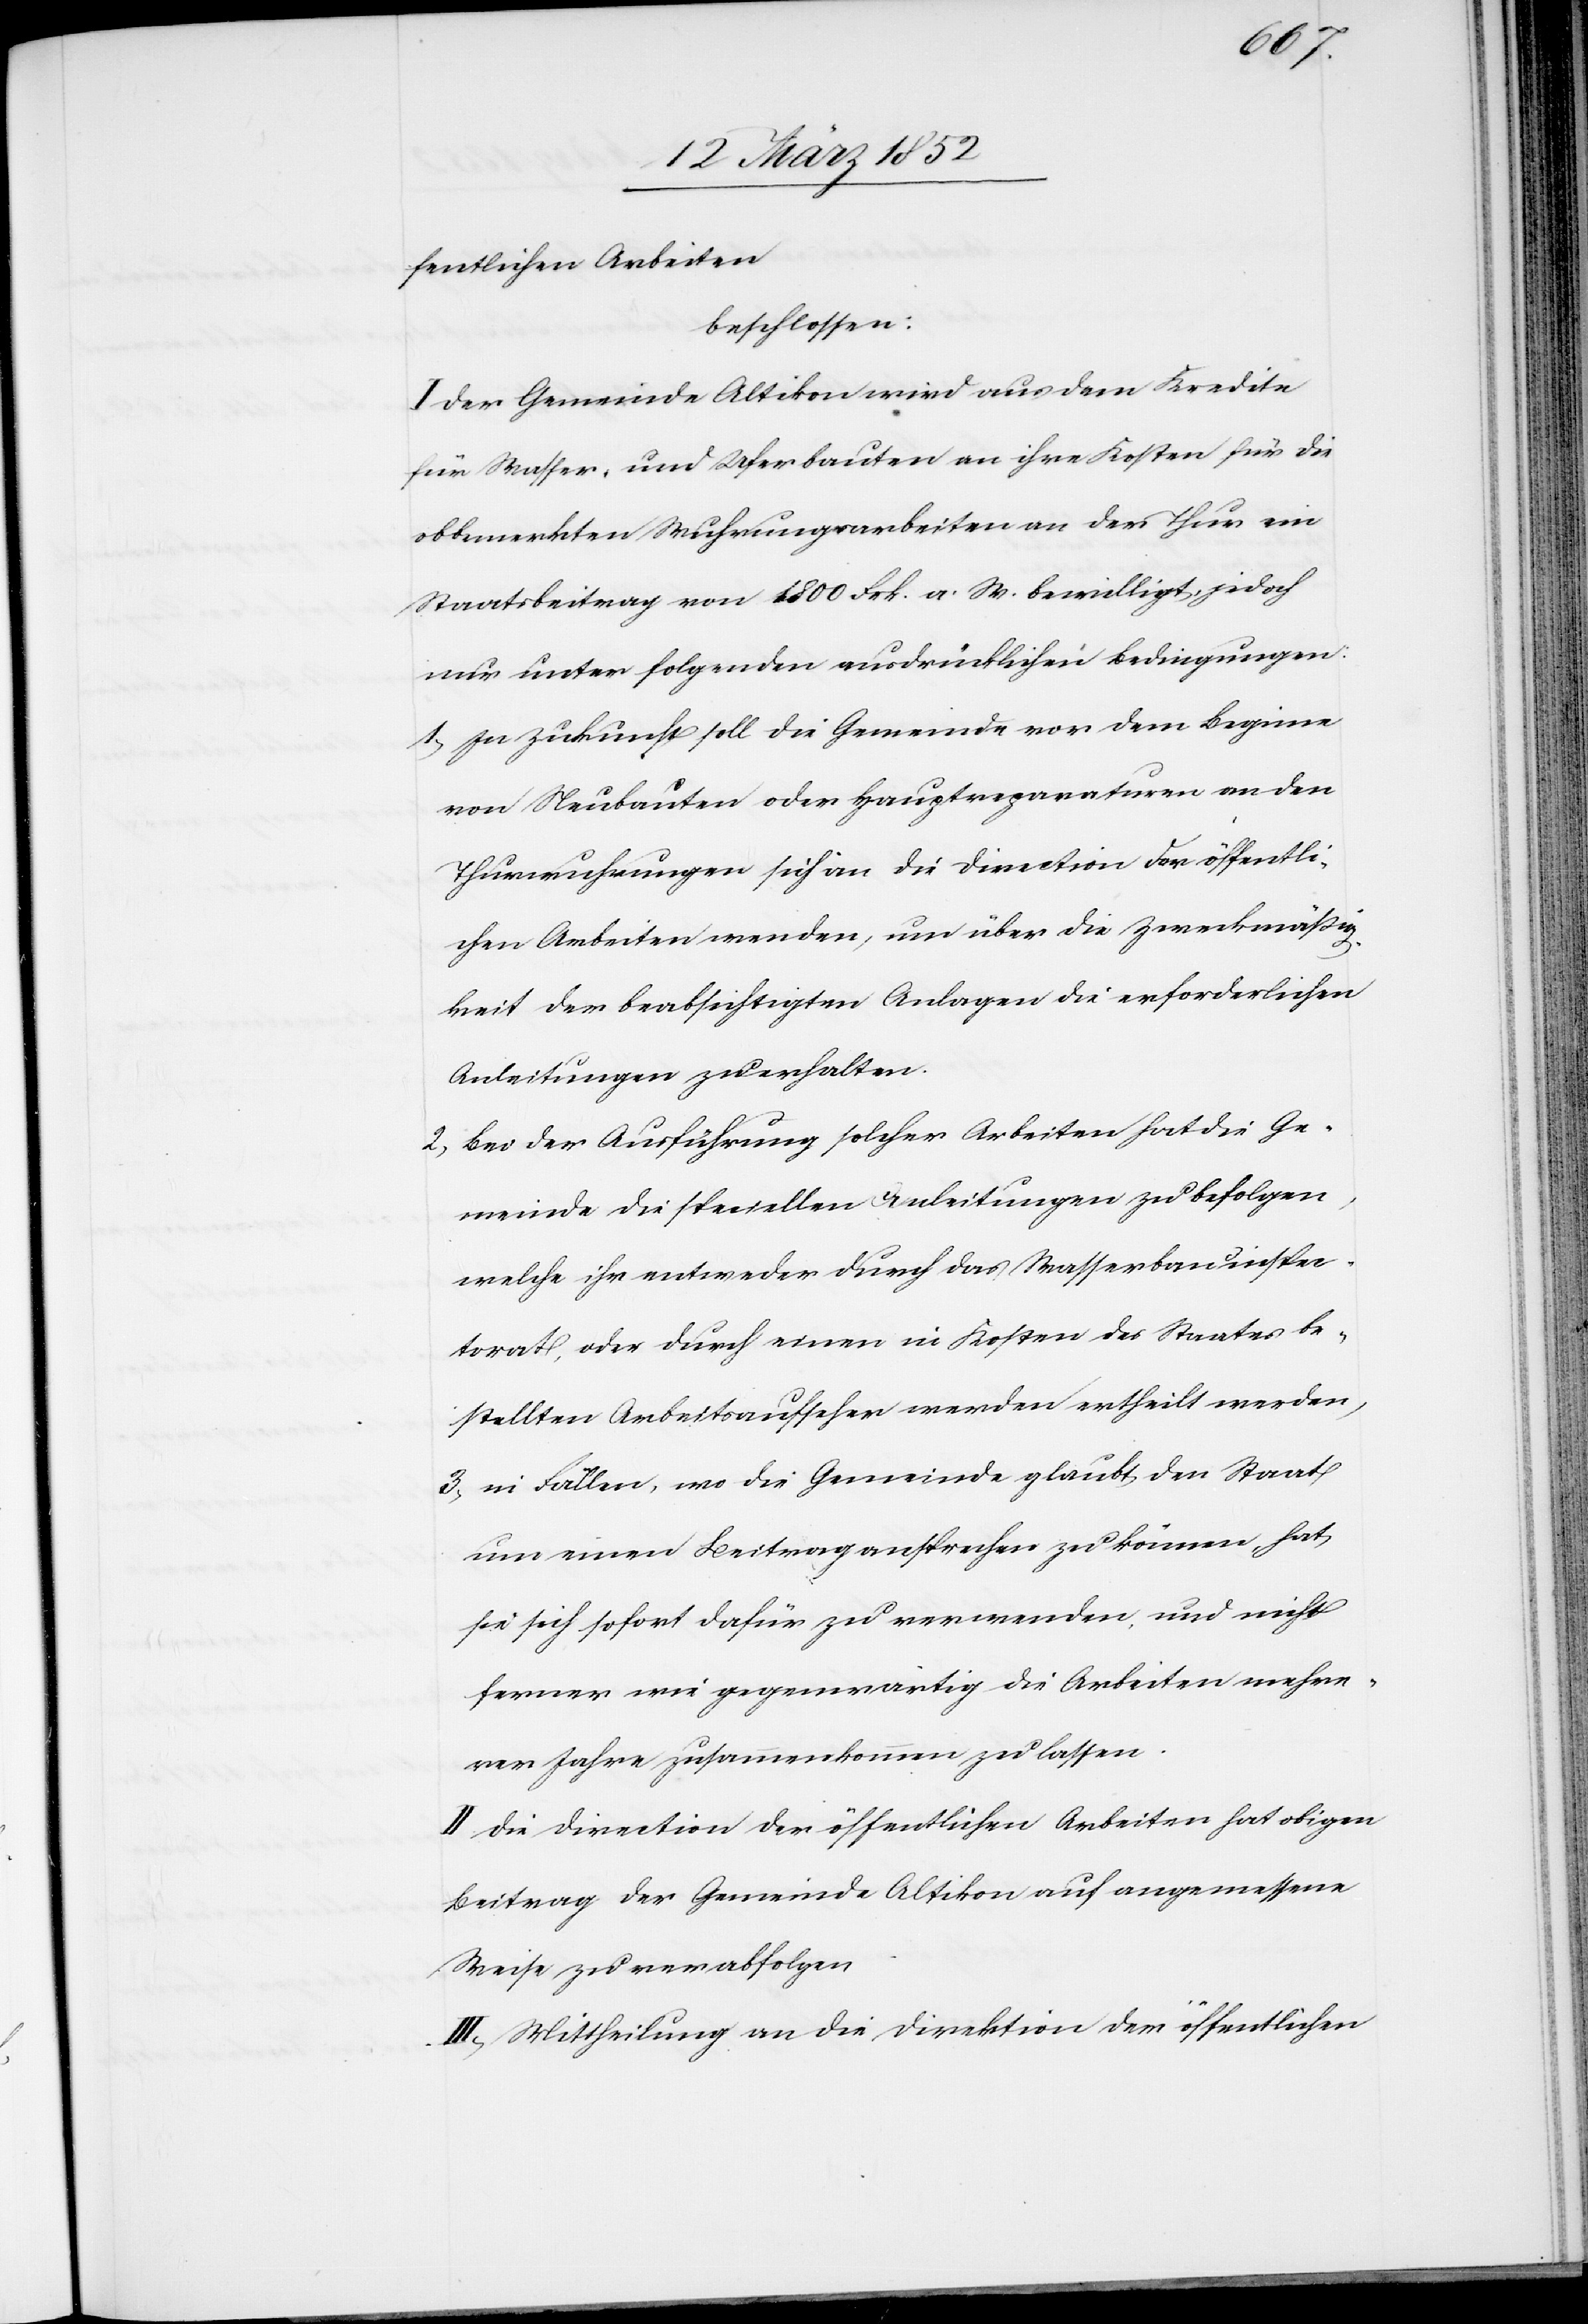
fentlichen Arbeiten
beschlossen:
I. Der Gemeinde Altikon wird aus dem Kredite
für Wasser, und Uferbauten an ihre Kosten für die
obbemerkten Wuhrungsarbeiten an der Thur ein
Staatsbeitrag von 1800 Frk. a. W. bewilligt, jedoch
nur unter folgenden ausdrücklichen Bedingungen:
1) In Zukunft soll die Gemeinde vor dem Beginne
von Neubauten oder Hauptreparaturen an den
Thurwuhrungen sich an die Direction der öffentli¬
chen Arbeiten wenden, um über die Zweckmäßig¬
keit der beabsichtigten Anlagen die erforderlichen
Anleitungen zu erhalten.
2) Bei der Ausführung solcher Arbeiten hat die Ge¬
meinde die speciellen Anleitungen zu befolgen,
welche ihr entweder durch das Wasserbauinspec¬
torat, oder durch einen in Kosten des Staates be¬
stellten Arbeitsaufseher werden ertheilt werden.
3) in Fällen, wo die Gemeinde glaubt, den Staat
um einen Beitrag ansprechen zu können, hat
sie sich sofort dafür zu verwenden, und nicht
ferner wie gegenwärtig die Arbeiten mehre¬
rer Jahre zusammenkommen zu lassen.
II. Die Direction der öffentlichen Arbeiten hat obigen
Beitrag der Gemeinde Altikon auf angemessene
Weise zu verabfolgen.
III.) Mittheilung an die Direktion der öffentlichen